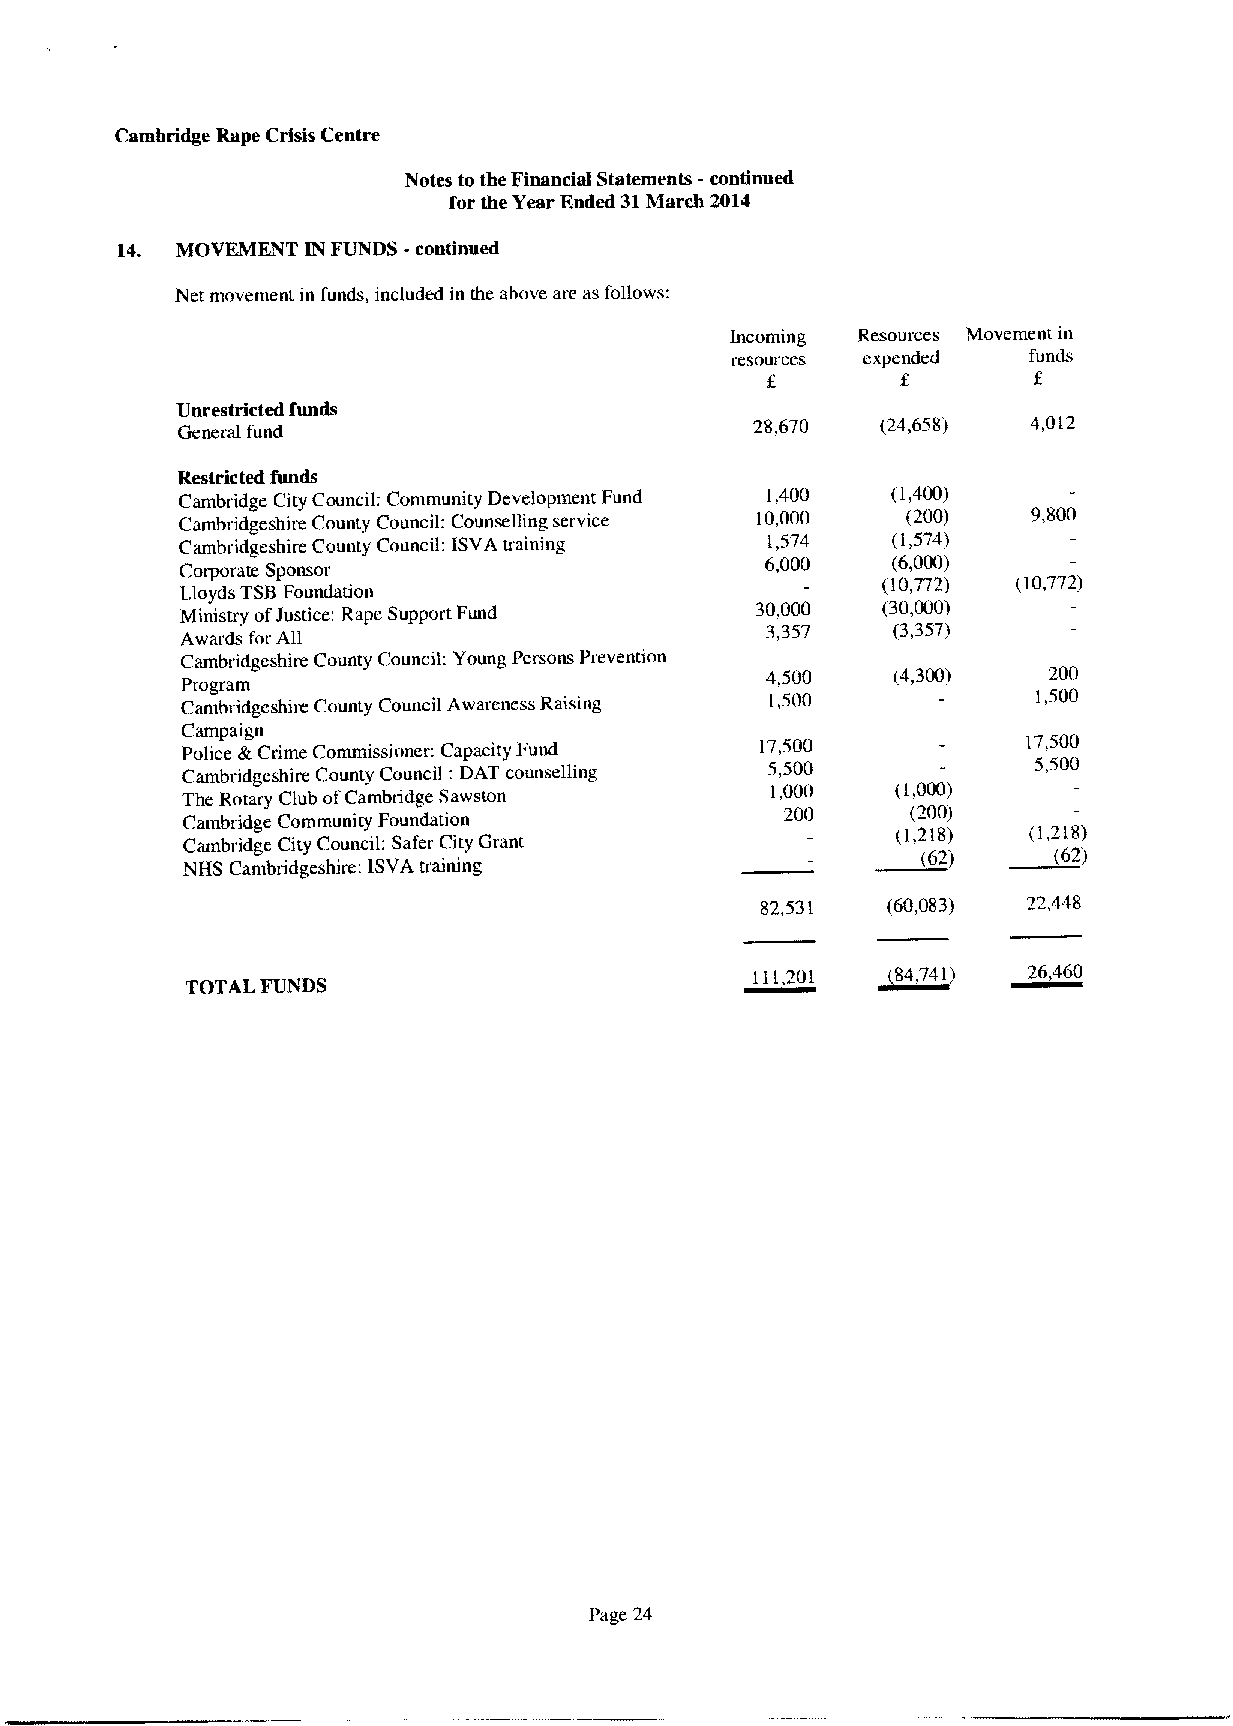
Cambridge Rape Crisis Centre
 Notes to the Financial Statements -continued
 for the Year Ended 31March 2014
 14. MOVEMENT IN FUNDS -continued
 Net movement in funds, included in the above are as follows:
 Incoming Resources Movement in
 resources expended  funds
 f
 Unrestricted funds
 General fund
 28,670  {24,658)  4,012
 Restricted funds
 Cambridge City Council; Community Development Fund 1,400 (1,400)
 Cambridgeshire County Council: Counselling service 10,000 (200) 9,800
 Cambridgeshire County Council: ISVA training 1,574 (1,574)
 Co)borate Sponsor
 6,000   (6,000)
 {107,72) {107,72)
 Lloyds TSBFoundation
 Ministry ofJustice: Rape Support Fund 30,000  (30,000)
 Awards for All
 3,357   {33,57)
 Cambridgeshire County Council: Young Persons Prevention
 4,500   (4,300)   200
 Program
 Camhridgeshire County Council Awareness Raising 1,500    1,500
 Campaign
 Police &Crime Commissioner: Capacity Fund 17,500        17,500
 Cambridgeshire County Council: DAT counselling 5,500     5,500
 The Rotary Club ofCambridge Sawston
 1,000   (1,000)
 200     (200)
 Cambridge Community Foundation
 {12,18)  (1,218)
 Cambridge City Council: Safer City Grant      ~62)
 (62)
 NHS Cambridgeshite: ISVA uaining
 82,531   (60,083) 22,448
 111,201 ~64,741)  26,460
 TOTAL FUNDS
 Page 24